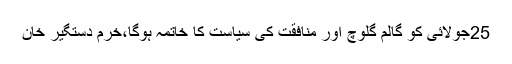
25جولائی کو گالم گلوچ اور منافقت کی سیاست کا خاتمہ ہوگا،خرم دستگیر خان